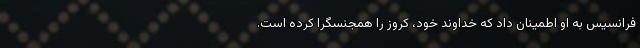
فرانسیس به او اطمینان داد که خداوند خود، کروز را همجنسگرا کرده است.